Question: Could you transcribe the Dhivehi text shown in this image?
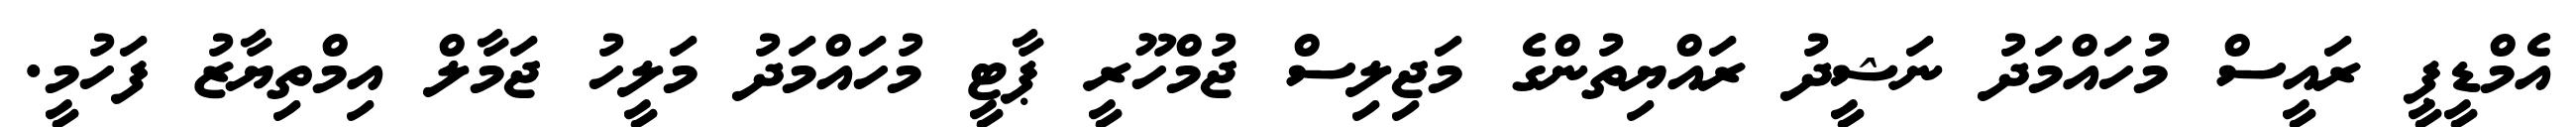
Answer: އެމްޑީޕީ ރައީސް މުހައްމަދު ނަޝީދު ރައްޔިތުންގެ މަޖިލިސް ޖުމްހޫރީ ޕާޓީ މުހައްމަދު މަލީހު ޖަމާލް އިމްތިޔާޒު ފަހުމީ.